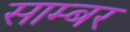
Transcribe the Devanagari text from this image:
साम्बर